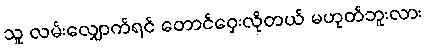
သူ လမ်းလျှောက်ရင် တောင်ဝှေးလိုတယ် မဟုတ်ဘူးလား